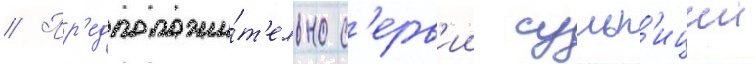
// Пр'едположи́т'ельно с'ерв'ии сульп'иции